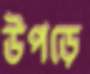
উপড়ে